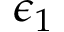
\epsilon _ { 1 }